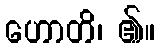
ဟောတိ၊ ၏။